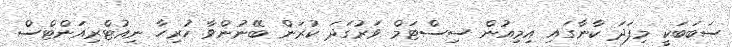
ސަބަބަކީ މިފަދަ ކާނާގައި އިމިއުން ސިސްޓަމް ވަރުގަދަ ކުރަން ބޭނުންވާ ހުރިހާ ނިއުޓްރިއަންޓްސް